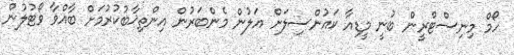
ހޯމް މިނިސްޓްރީން ބުނީ މީޑިއާ ކައުންސިލަށް އަލުން މެންބަރުން އިންތިޚާބުކުރުމަށް ބާއްވާ ވޯޓުލުން